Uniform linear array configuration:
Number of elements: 8
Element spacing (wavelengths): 0.25
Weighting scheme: hamming
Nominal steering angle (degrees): -45
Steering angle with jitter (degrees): -46.002
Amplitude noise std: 0.05
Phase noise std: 0.05

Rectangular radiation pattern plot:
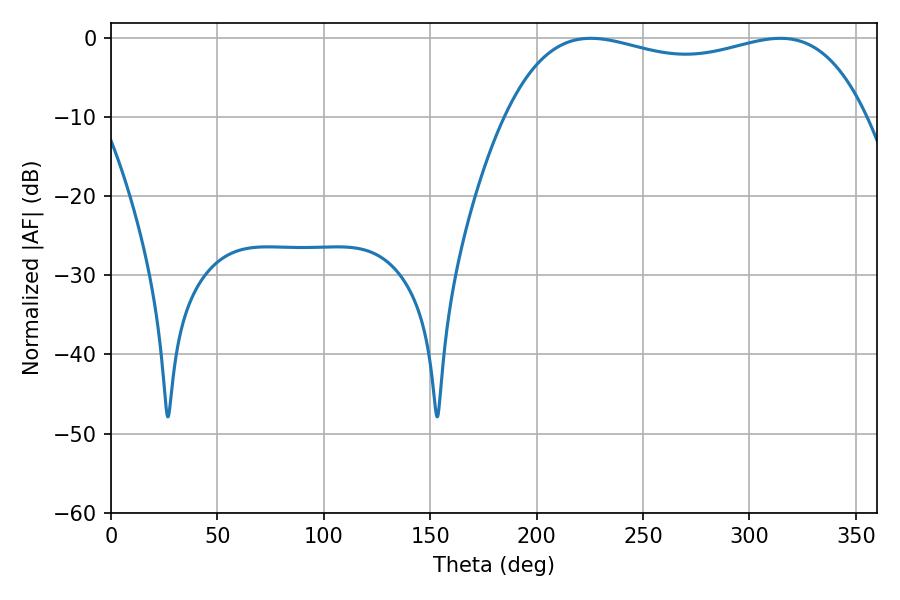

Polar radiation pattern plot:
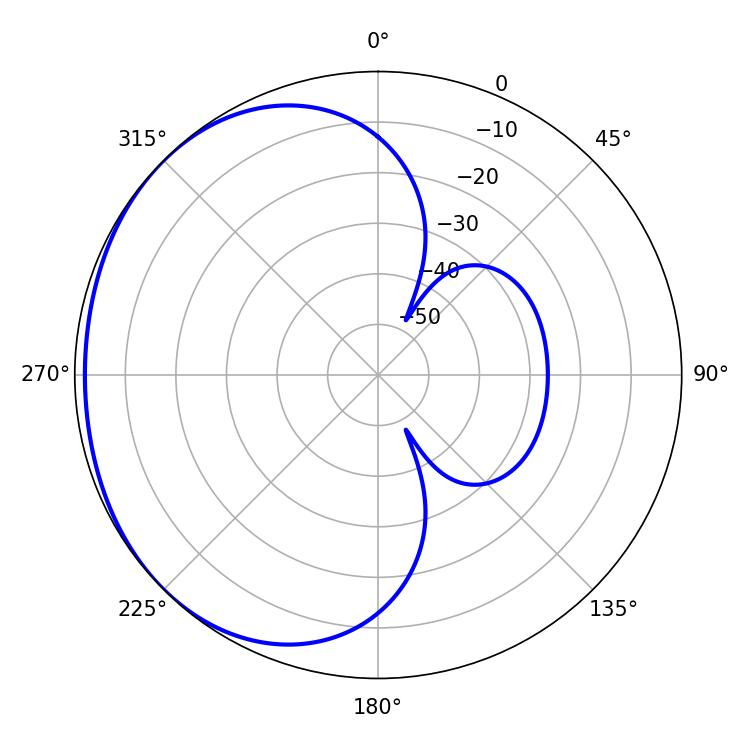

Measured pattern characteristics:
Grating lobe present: FALSE
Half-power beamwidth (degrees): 137.52
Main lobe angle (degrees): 314.46